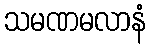
သမဏမလာနံ